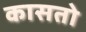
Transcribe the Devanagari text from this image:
कासतो